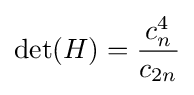
\det(H)={\frac {c_{n}^{4}}{c_{2n}}}